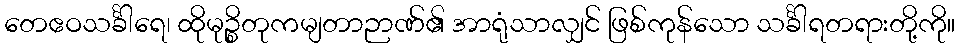
တေဧဝသင်္ခါရေ၊ ထိုမုဉ္စိတုကမျတာဉာဏ်၏ အာရုံသာလျှင် ဖြစ်ကုန်သော သင်္ခါရတရားတို့ကို။